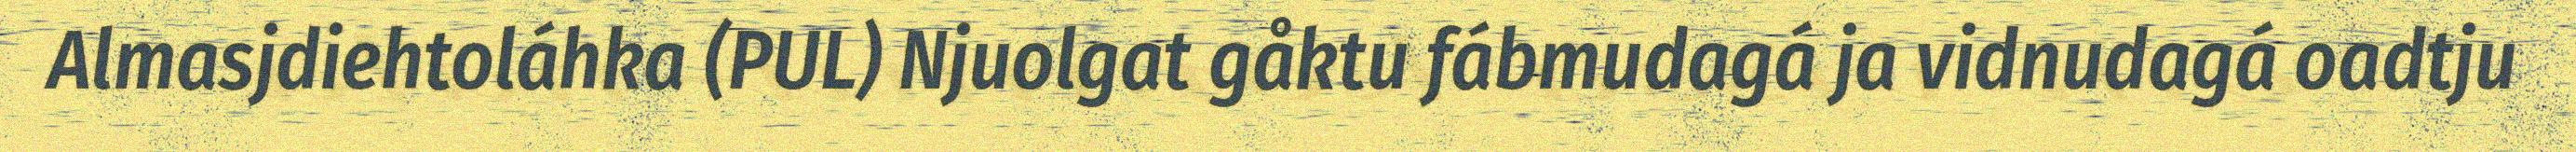
Almasjdiehtoláhka (PUL) Njuolgat gåktu fábmudagá ja vidnudagá oadtju